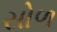
સોળ